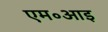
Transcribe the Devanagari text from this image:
एम॰आइ